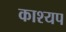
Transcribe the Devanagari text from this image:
काश्‍यप